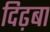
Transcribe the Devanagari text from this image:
दिढ़बा